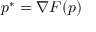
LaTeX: p ^ { * } = \nabla F ( p )